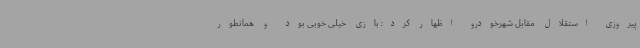
پیروزی استقلال مقابل شهرخودرو اظهار کرد: بازی خیلی خوبی بود و همانطور